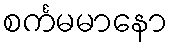
စင်္ကမမာနော